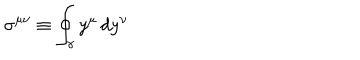
LaTeX: \sigma ^ { \mu \nu } \equiv \oint _ { \gamma } y ^ { \mu } \, d y ^ { \nu }